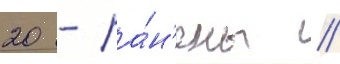
20 - ра́н'ены //